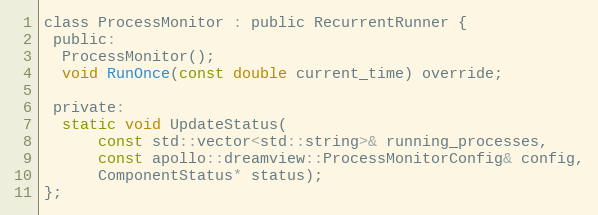
Language: C
class ProcessMonitor : public RecurrentRunner {
 public:
  ProcessMonitor();
  void RunOnce(const double current_time) override;

 private:
  static void UpdateStatus(
      const std::vector<std::string>& running_processes,
      const apollo::dreamview::ProcessMonitorConfig& config,
      ComponentStatus* status);
};